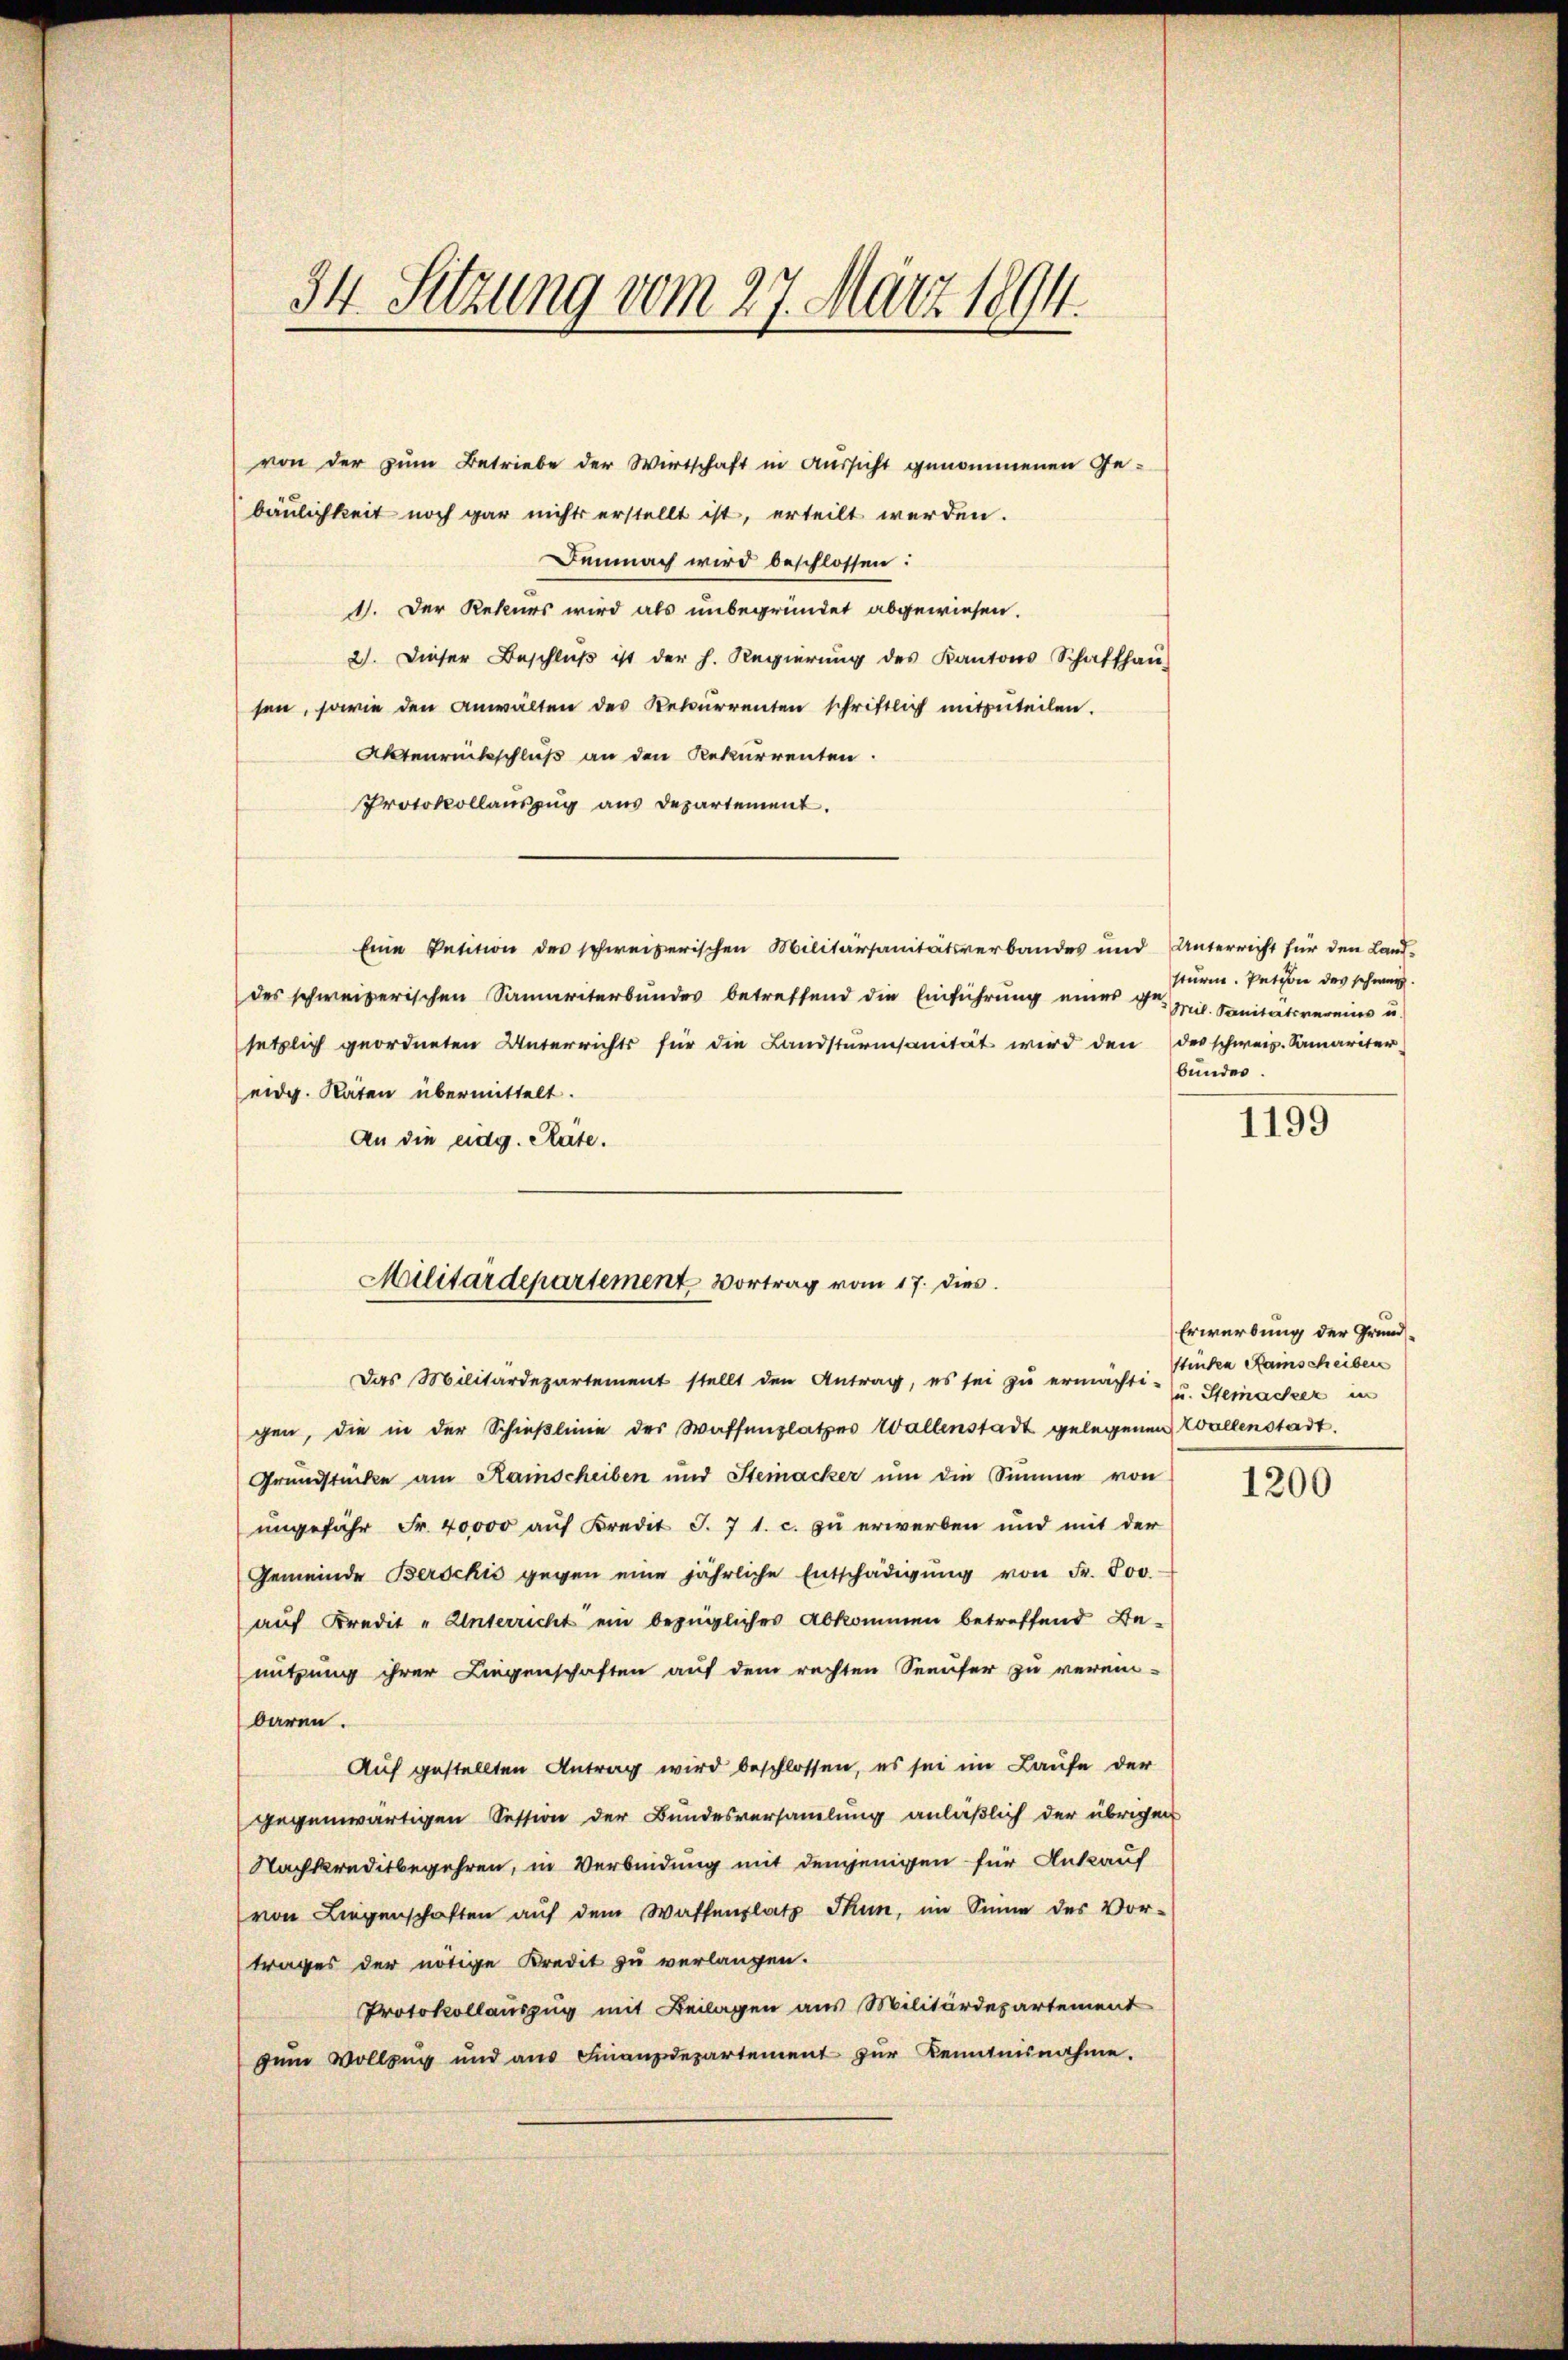
34. Sitzung vom 27. März 1804.

von der zum Betriebe der Wirtschaft in Aussicht genommenen Ge-
bäulichkeit noch gar nichts erstellt ist, erteilt werden.
Demnach wird beschlossen:
1. Der Rekurs wird als unbegründet abgewiesen.
2). Dieser Beschlŭβ ist der h. Regierŭng des Kantons Schaffhaŭ-
sen, sowie den Anwalten des Rekurrenten schriftlich mitzuteilen.
Aktenrückschluß an den Rekurrenten.
Protokollauszug aus Departement.
Eine Petition des schweizerischen Militärsanitätsverbandes und Unterricht für den Land-
des schweizerischen Samariterbundes betreffend die Einführung eines ge-
setzlich geordneten Unterrichts für die Landsturmsanität wird den der schweiz. Samariter
eidg. Raten übermittelt.
An die eidg. Räte.
Das Militärdepartement stellt den Antrag, es sei zŭ ermächt- u. Stemacher in
gen, die in der Schieβlinie des Waffenplatzes Wallenstadt gelegenen Wallenstadt.
Grundstücke am Kainscheiben und Steinacker um die Summe von
ungefähr Fr. 40000 auf Kredit J. 7 1. c. zu erwerben und mit der
Gemeinde Berschis gegen eine jährliche Entschädigŭng von Fr. 800
auf Kredit „Unterricht ein bezügliches Abkommen betreffend Be-
nutzung ihrer Liegenschaften auf dem rechten Seeufer zu verein-
baren.
Auf gestellten Antrag wird beschlossen, es sei im Laufe der
gegenwärtigen Session der Bundesversammlung anläßlich der übrigen
Nachkreditbegehren, in Verbindung mit demjenigen für Ankauf
von Liegenschaften aŭf dem Waffenplatz Thun, im Sinne des Vor-
trages der nötige Kredit zu verlangen.
Protokollauszug mit Beilagen aus Militärdepartement
zum Vollzug und ans Finanzdepartement zŭr Kemnisnahme.

Militärdepartement Vortrag vom 17. dies

sturm. Pation des schweiz
Mil. Sanitätsvereins u.
bunden.

1195

Erwerbung der Grund¬
Stinden Raischeiben

1200